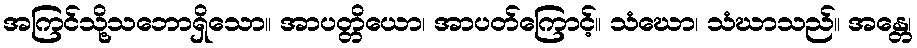
အကြင်သို့သဘောရှိသော။ အာပတ္တိယော၊ အာပတ်ကြောင့်။ သံဃော၊ သံဃာသည်။ အန္တေ၊